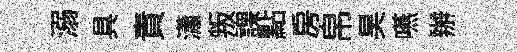
溺具責瀟叛課點房帛昊嚥辦